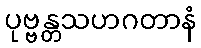
ပုဗ္ဗန္တသဟဂတာနံ